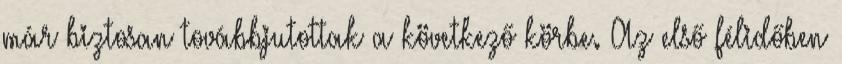
már biztosan továbbjutottak a következő körbe. Az első félidőben